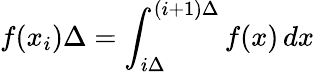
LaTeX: f(x_{i})\Delta=\int_{i\Delta}^{(i+1)\Delta}f(x)\, dx